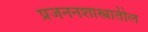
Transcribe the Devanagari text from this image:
प्रजननशास्त्रातील